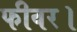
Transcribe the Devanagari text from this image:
फीवर।